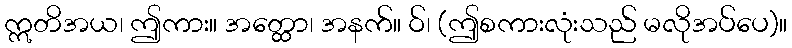
ဣတိအယ၊ ဤကား။ အတ္ထော၊ အနက်။ ဝ်၊ (ဤစကားလုံးသည် မလိုအပ်ပေ)။